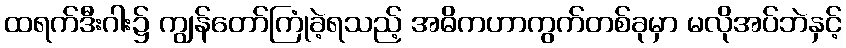
ထရက်ဒီးဂါး၌ ကျွန်တော်ကြုံခဲ့ရသည့် အဓိကဟာကွက်တစ်ခုမှာ မလိုအပ်ဘဲနှင့်